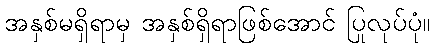
အနှစ်မရှိရာမှ အနှစ်ရှိရာဖြစ်အောင် ပြုလုပ်ပုံ။